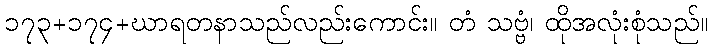
၁၇၃+၁၇၄+ဃာရတနာသည်လည်းကောင်း။ တံ သဗ္ဗံ၊ ထိုအလုံးစုံသည်။